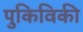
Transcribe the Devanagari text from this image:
पुकिविकी